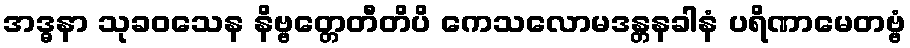
အဒ္ဓနာ သုခဝသေန နိဗ္ဗတ္တေတီတိပိ ကေသလောမဒန္တနခါနံ ပရိဏာမေတဗ္ဗံ